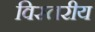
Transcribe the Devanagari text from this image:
विस्तरीय